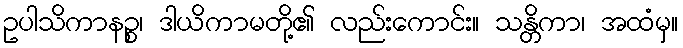
ဥပါသိကာနဉ္စ၊ ဒါယိကာမတို့၏ လည်းကောင်း။ သန္တိကာ၊ အထံမှ။